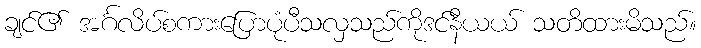
ချင်၏ အင်္ဂလိပ်စကားပြောပုံပီသလှသည်ကိုဒင်နီယယ် သတိထားမိသည်။